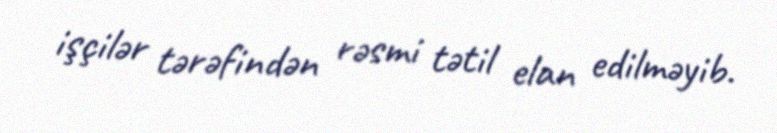
işçilər tərəfindən rəsmi tətil elan edilməyib.